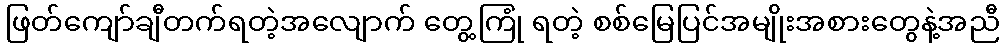
ဖြတ်ကျော်ချီတက်ရတဲ့အလျောက် တွေ့ကြုံ ရတဲ့ စစ်မြေပြင်အမျိုးအစားတွေနဲ့အညီ